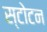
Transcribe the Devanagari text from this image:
स्टोटन